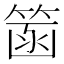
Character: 䈄